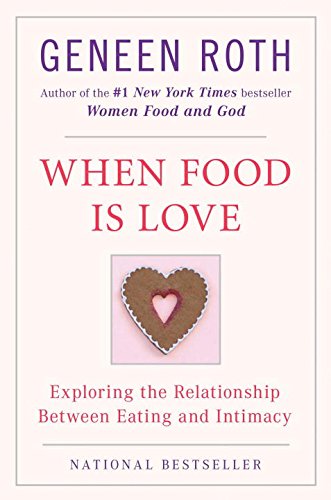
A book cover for When Food Is Love: Exploring the Relationship Between Eating and Intimacy; Geneen Roth; Self-Help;